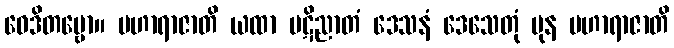
ဝေဒိတဗ္ဗော။ မဟာရာဇာတိ ယထာ ပဋိညာတံ ဒေသနံ ဒေသေတုံ ပုန မဟာရာဇာတိ